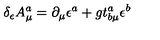
\delta _ { \epsilon } A _ { \mu } ^ { a } = \partial _ { \mu } \epsilon ^ { a } + g t _ { b \mu } ^ { a } \epsilon ^ { b }